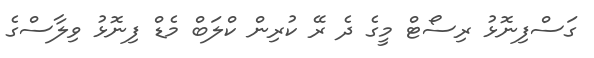
ގަސްފިނޮޅު ރިސޯޓް މީގެ ދެ ރޭ ކުރިން ކްލަބް މެޑް ފިނޮޅު ވިލާސްގެ